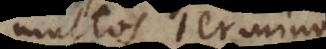
multos terminos